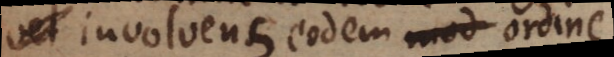
vel involvens eodem ordine.